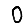
Digit: 0